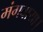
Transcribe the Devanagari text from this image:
मंगवाया।